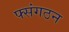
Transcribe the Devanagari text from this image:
फ्संगठन